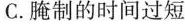
C.腌制的时间过短